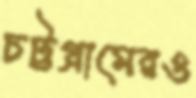
চট্টগ্রামেরও